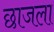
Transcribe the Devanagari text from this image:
छाजला